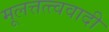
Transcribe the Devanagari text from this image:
मूलत्तत्त्ववादी